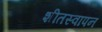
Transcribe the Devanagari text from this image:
शीतस्वापन